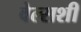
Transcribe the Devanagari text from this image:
वेल्सशी